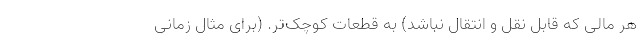
هر مالی که قابل نقل و انتقال نباشد) به قطعات کوچک‌تر. (برای مثال زمانی